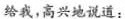
给我，高兴地说道：